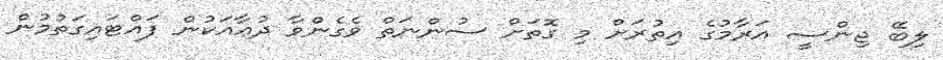
ލިބޭ ޖިންސީ އަރާމުގެ އިތުރަށް މި ގޮތަށް ސުންނަތް ވެގެންވާ ދުޢާއަކުން ފައްޓައިގަތުމުން